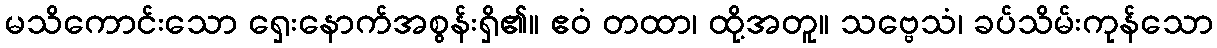
မသိကောင်းသော ရှေးနောက်အစွန်းရှိ၏။ ဧဝံ တထာ၊ ထို့အတူ။ သဗ္ဗေသံ၊ ခပ်သိမ်းကုန်သော